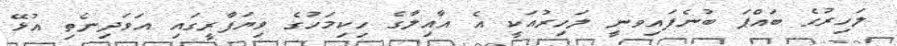
ލަހިރުގެ ބައްޕަ ބުނެފައިވނީ ލަހިރުއަކީ އެ އާއިލާގެ ހިކިމަހުގެ ވިޔަފާރީގައި އަވަދިނެތި އުޅޭ